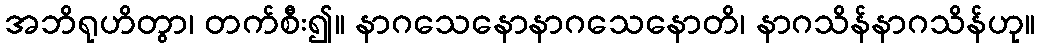
အဘိရုဟိတွာ၊ တက်စီး၍။ နာဂသေနောနာဂသေနောတိ၊ နာဂသိန်နာဂသိန်ဟု။